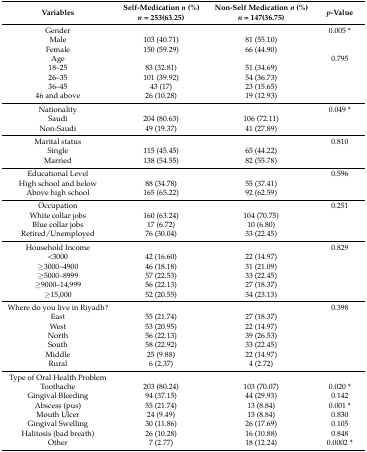
<table><thead><tr><td><b>Variables</b></td><td><b>Self-Medication <i>n</i> (%) <i>n</i> = 253(63.25)</b></td><td><b>Non-Self Medication <i>n</i> (%) <i>n</i> = 147(36.75)</b></td><td><b><i>p</i>-Value</b></td></tr></thead><tbody><tr><td>Gender </td><td></td><td></td><td>0.005 *</td></tr><tr><td>Male</td><td>103 (40.71)</td><td>81 (55.10)</td><td></td></tr><tr><td>Female</td><td>150 (59.29)</td><td>66 (44.90)</td><td></td></tr><tr><td>Age </td><td></td><td></td><td>0.795</td></tr><tr><td>18–25</td><td>83 (32.81)</td><td>51 (34.69)</td><td></td></tr><tr><td>26–35</td><td>101 (39.92)</td><td>54 (36.73)</td><td></td></tr><tr><td>36–45</td><td>43 (17)</td><td>23 (15.65)</td><td></td></tr><tr><td>46 and above</td><td>26 (10.28)</td><td>19 (12.93)</td><td></td></tr><tr><td>Nationality</td><td></td><td></td><td>0.049 *</td></tr><tr><td>Saudi </td><td>204 (80.63)</td><td>106 (72.11)</td><td></td></tr><tr><td>Non-Saudi </td><td>49 (19.37)</td><td>41 (27.89)</td><td></td></tr><tr><td>Marital status</td><td></td><td></td><td>0.810</td></tr><tr><td>Single </td><td>115 (45.45)</td><td>65 (44.22)</td><td></td></tr><tr><td>Married </td><td>138 (54.55)</td><td>82 (55.78)</td><td></td></tr><tr><td>Educational Level </td><td></td><td></td><td>0.596</td></tr><tr><td>High school and below</td><td>88 (34.78)</td><td>55 (37.41)</td><td></td></tr><tr><td>Above high school</td><td>165 (65.22)</td><td>92 (62.59)</td><td></td></tr><tr><td>Occupation </td><td></td><td></td><td>0.251</td></tr><tr><td>White collar jobs</td><td>160 (63.24)</td><td>104 (70.75)</td><td></td></tr><tr><td>Blue collar jobs</td><td>17 (6.72)</td><td>10 (6.80)</td><td></td></tr><tr><td>Retired/Unemployed</td><td>76 (30.04)</td><td>33 (22.45)</td><td></td></tr><tr><td>Household Income </td><td></td><td></td><td>0.829</td></tr><tr><td>&lt;3000 </td><td>42 (16.60)</td><td>22 (14.97)</td><td></td></tr><tr><td>≥3000–4900 </td><td>46 (18.18)</td><td>31 (21.09)</td><td></td></tr><tr><td>≥5000–8999 </td><td>57 (22.53)</td><td>33 (22.45)</td><td></td></tr><tr><td>≥9000–14,999 </td><td>56 (22.13)</td><td>27 (18.37)</td><td></td></tr><tr><td>≥15,000 </td><td>52 (20.55)</td><td>34 (23.13)</td><td></td></tr><tr><td>Where do you live in Riyadh?</td><td></td><td></td><td>0.398</td></tr><tr><td>East</td><td>55 (21.74)</td><td>27 (18.37)</td><td></td></tr><tr><td>West</td><td>53 (20.95)</td><td>22 (14.97)</td><td></td></tr><tr><td>North</td><td>56 (22.13)</td><td>39 (26.53)</td><td></td></tr><tr><td>South</td><td>58 (22.92)</td><td>33 (22.45)</td><td></td></tr><tr><td>Middle</td><td>25 (9.88)</td><td>22 (14.97)</td><td></td></tr><tr><td>Rural</td><td>6 (2.37)</td><td>4 (2.72)</td><td></td></tr><tr><td>Type of Oral Health Problem</td><td></td><td colspan="2"></td></tr><tr><td>Toothache</td><td>203 (80.24)</td><td>103 (70.07)</td><td>0.020 *</td></tr><tr><td>Gingival Bleeding</td><td>94 (37.15)</td><td>44 (29.93)</td><td>0.142</td></tr><tr><td>Abscess (pus)</td><td>55 (21.74)</td><td>13 (8.84)</td><td>0.001 *</td></tr><tr><td>Mouth Ulcer</td><td>24 (9.49)</td><td>13 (8.84)</td><td>0.830</td></tr><tr><td>Gingival Swelling</td><td>30 (11.86)</td><td>26 (17.69)</td><td>0.105</td></tr><tr><td>Halitosis (bad breath)</td><td>26 (10.28)</td><td>16 (10.88)</td><td>0.848</td></tr><tr><td>Other</td><td>7 (2.77)</td><td>18 (12.24)</td><td>0.0002 *</td></tr></tbody></table>